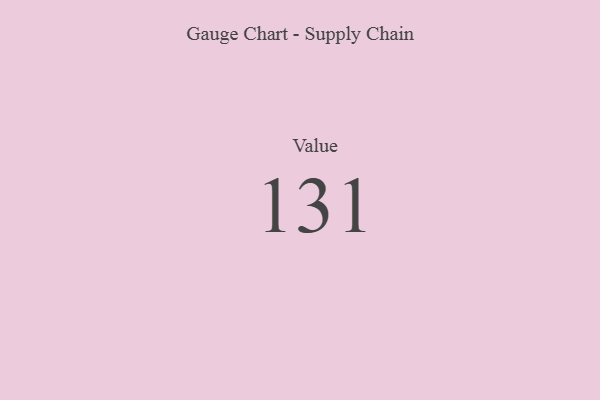
{"axis": {"x": "Metric", "y": "Value"}, "legend": [""], "data": [{"x": "Value", "y": 131, "type": ""}]}